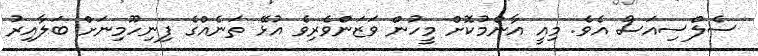
ސެލްސިއަސް އެވެ. މިއީ އާންމުކޮށް މީހުން ވަޒަންވެރިވެ އުޅޭ ތަނެއްގެ ފިނިހޫމިނަށް ބަލާއިރު